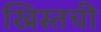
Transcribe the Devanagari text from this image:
ख्रिस्तची